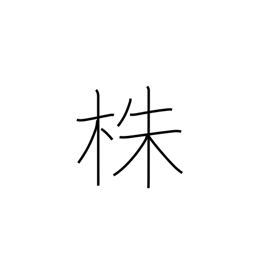
Meaning: stump